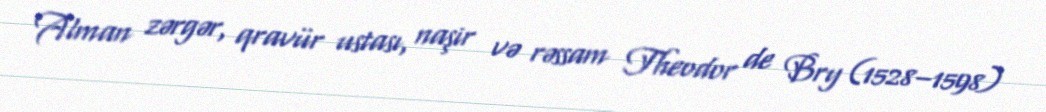
Alman zərgər, qravür ustası, naşir və rəssam Theodor de Bry (1528–1598)